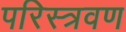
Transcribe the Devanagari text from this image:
परिस्त्रवण